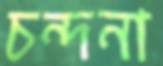
চন্দনা